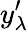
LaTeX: y_{\lambda}^{\prime}